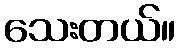
သေးတယ်။